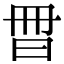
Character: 𣌧